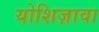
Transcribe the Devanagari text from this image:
योशिज़ावा